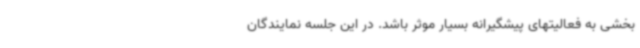
بخشی به فعالیتهای پیشگیرانه بسیار موثر باشد. در این جلسه نمایندگان